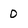
Character: D